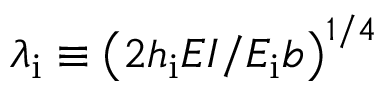
\lambda _ { \mathrm { i } } \equiv \left( { 2 h _ { \mathrm { i } } E I } / { E _ { \mathrm { i } } b } \right) ^ { 1 / 4 }